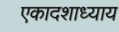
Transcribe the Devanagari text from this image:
एकादशाध्याय